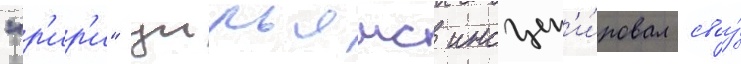
"р'ир'и" уильямс инсцен'и́ровал своу́